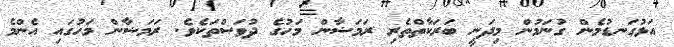
އަޅުގަނޑުމެން ގުނަމުން މިދަނީ ބަރަކާތްތެރި ރަމަޟާން މަހުގެ ދުވަސްތަކެވެ. ރަމަޟާން މަހުގައި އެންމެ